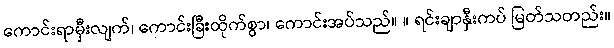
ကောင်းရာမှီးလျက်၊ ကောင်းခြီးထိုက်စွာ၊ ကောင်းအပ်သည်။ ။ ရင်းချာနှီးကပ် မြတ်သတည်း။